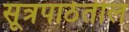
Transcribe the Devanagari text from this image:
सूत्रपाठेतील